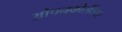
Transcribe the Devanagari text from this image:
ओपनकोर्सवेयर